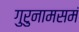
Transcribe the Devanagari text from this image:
गुरुनामसमं